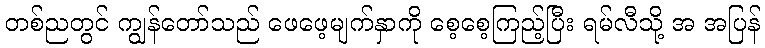
တစ်ညတွင် ကျွန်တော်သည် ဖေဖေ့မျက်နှာကို စေ့စေ့ကြည့်ပြီး ရမ်လီသို့ အ အပြန်